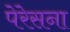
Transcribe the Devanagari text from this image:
पेरेसना